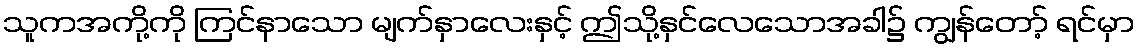
သူကအကို့ကို ကြင်နာသော မျက်နှာလေးနှင့် ဤသို့နှင်လေသောအခါ၌ ကျွန်တော့် ရင်မှာ